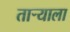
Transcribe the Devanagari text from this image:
ताऱ्‍याला